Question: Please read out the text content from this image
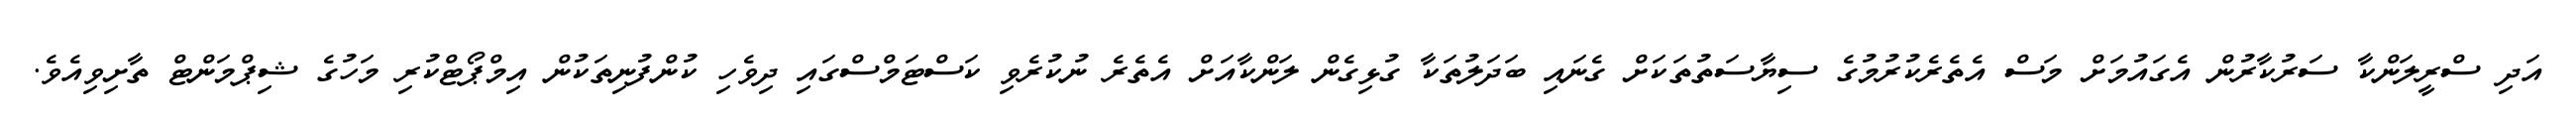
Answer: އަދި ސްރީލަންކާ ސަރުކާރުން އެގައުމަށް މަސް އެތެރެކުރުމުގެ ސިޔާސަތުތަކަށް ގެނައި ބަދަލުތަކާ ގުޅިގެން ލަންކާއަށް އެތެރެ ނުކުރެވި ކަސްޓަމްސްގައި ދިވެހި ކުންފުނިތަކުން އިމްޕޯޓްކުރި މަހުގެ ޝިޕްމަންޓް ތާށިވިއެވެ.